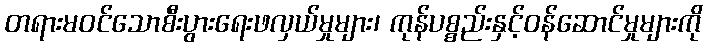
တရားမဝင်သောစီးပွားရေးဖလှယ်မှုများ၊ ကုန်ပစ္စည်းနှင့်ဝန်ဆောင်မှုများကို